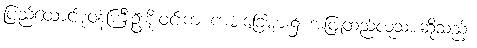
ပြည်ထောင်စုဝန်ကြီးဦးစိုးဝင်းက ကမ်းခြေများ၌ အဖြူထည်လူသားဆိုသည့်